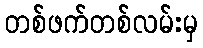
တစ်ဖက်တစ်လမ်းမှ